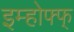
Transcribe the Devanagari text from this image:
इम्होफ्फ्